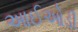
આઈઓડી